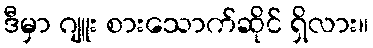
ဒီမှာ ဂျူး စားသောက်ဆိုင် ရှိလား။